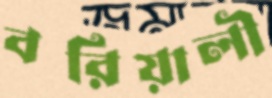
বরিয়ালী